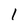
Character: l